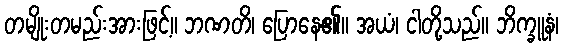
တမျိုးတမည်းအားဖြင့်။ ဘဏတိ၊ ပြောနေ၏။ အယံ၊ ငါတို့သည်။ ဘိက္ခူနံ၊